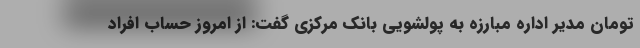
تومان مدیر اداره مبارزه به پولشویی بانک مرکزی گفت: از امروز حساب افراد